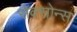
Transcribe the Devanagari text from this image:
सेक्सोन्स